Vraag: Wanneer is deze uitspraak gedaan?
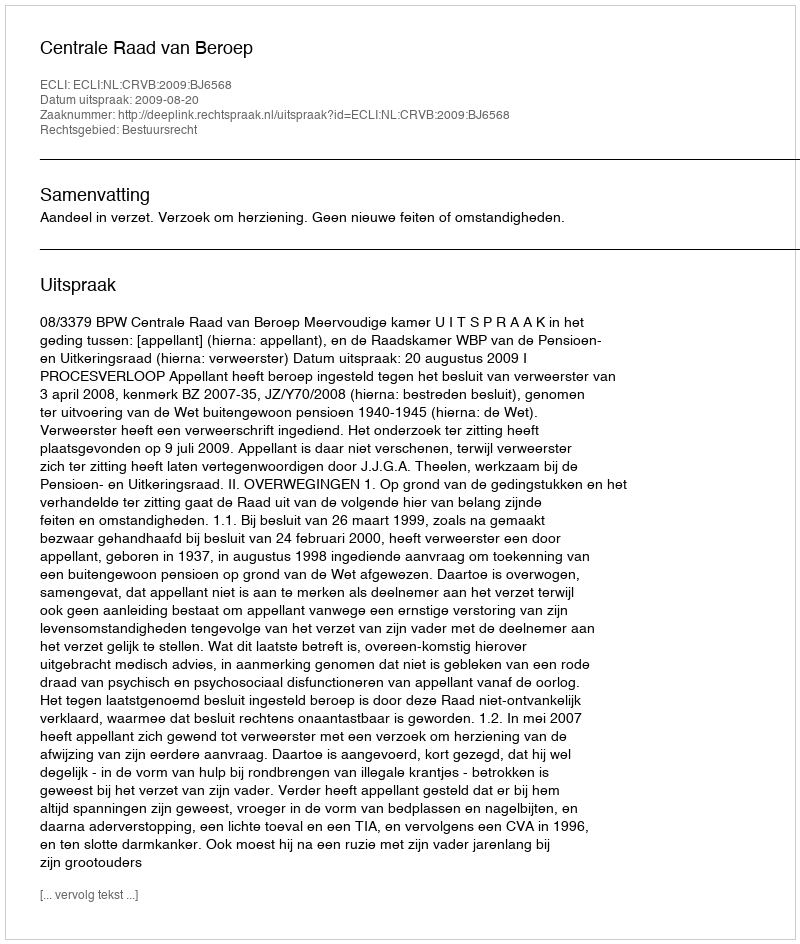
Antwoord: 2009-08-20